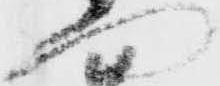
門